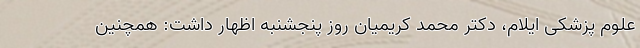
علوم پزشکی ایلام، دکتر محمد کریمیان روز پنجشنبه اظهار داشت: همچنین